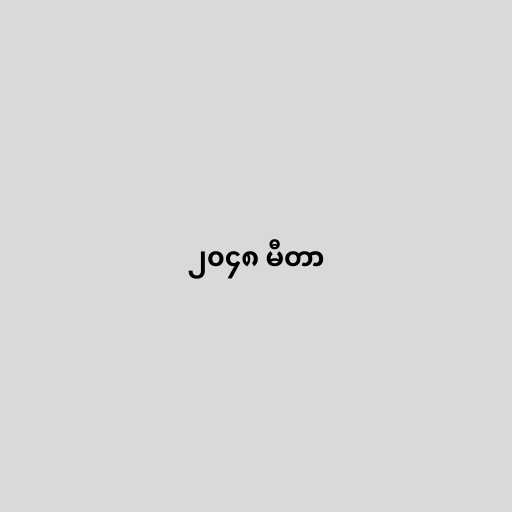
၂၀၄၈ မီတာ